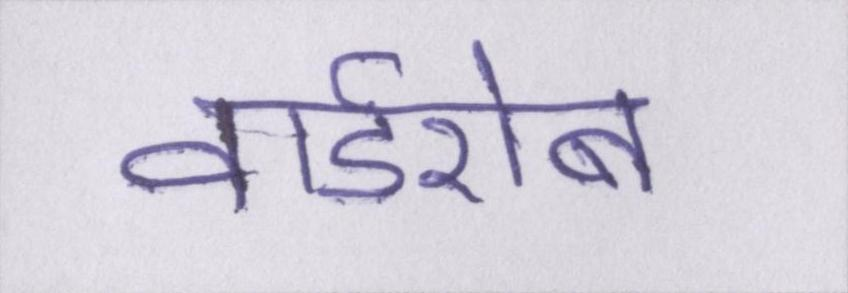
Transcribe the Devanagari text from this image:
वार्डरोब